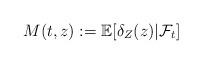
LaTeX: \begin{align*}M(t,z) := \mathbb{E}[\delta_Z(z)|\mathcal{F}_t]\end{align*}